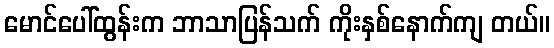
မောင်ပေါ်ထွန်းက ဘာသာပြန်သက် ကိုးနှစ်နောက်ကျ တယ်။